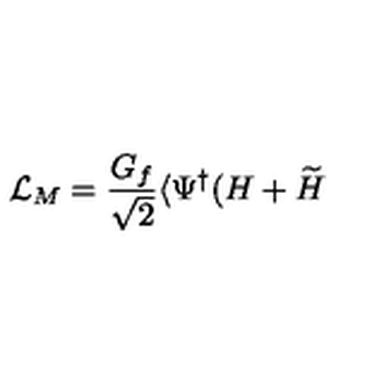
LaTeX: { \cal L } _ { M } = \frac { G _ { f } } { \sqrt { 2 } } \langle \Psi ^ { \dagger } ( H + \widetilde { H }